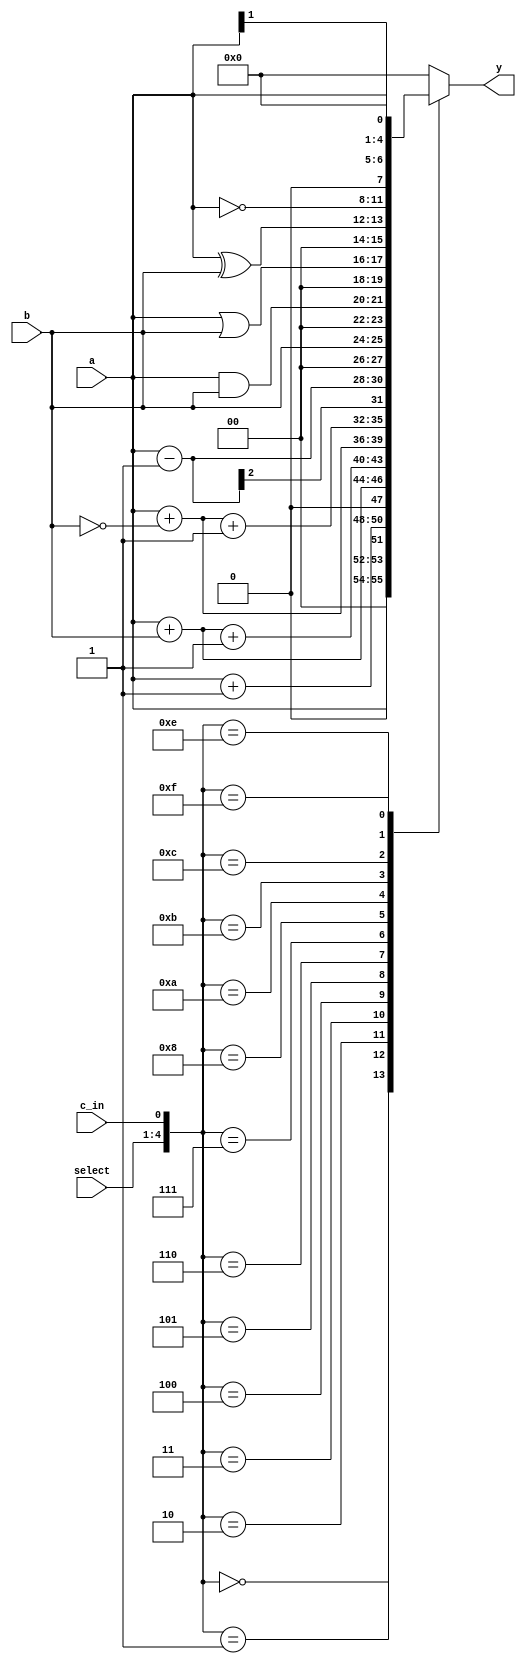
module ALU (y, a, b, c_in, select);		 // ARITHMETIC UNIT
	output 	[3: 0] 	y;
	input	[1: 0]	a, b;
	input		c_in;
	input	[3: 0]	select;
	reg	[3: 0]	y;

	always @ (*)
		begin
			y= 4'b0;
			case ({select, c_in})
			5'b0000_0:	y = a;
			5'b0000_1:	y = a + 1'b1;
			5'b0001_0:	y = a + b;
			5'b0001_1:	y = a + b + 1'b1;
			5'b0010_0:	y = a + ~b;
			5'b0010_1:	y = a + (~b) + 1'b1;
			5'b0011_0:	y = a - 1'b1;
			5'b0011_1:	y = b;
			5'b0100_0:	y = a & b;
			5'b0101_0:	y = a | b;
			5'b0101_1: 	y = a ^ b;
			5'b0110_0:	y = ~a;
			5'b0111_0:	y = a << 1;
			5'b0111_1:	y = a >> 1;
			5'b1000_0:	y = 0;
			default:	y = 4'b0;
		endcase
	end
endmodule